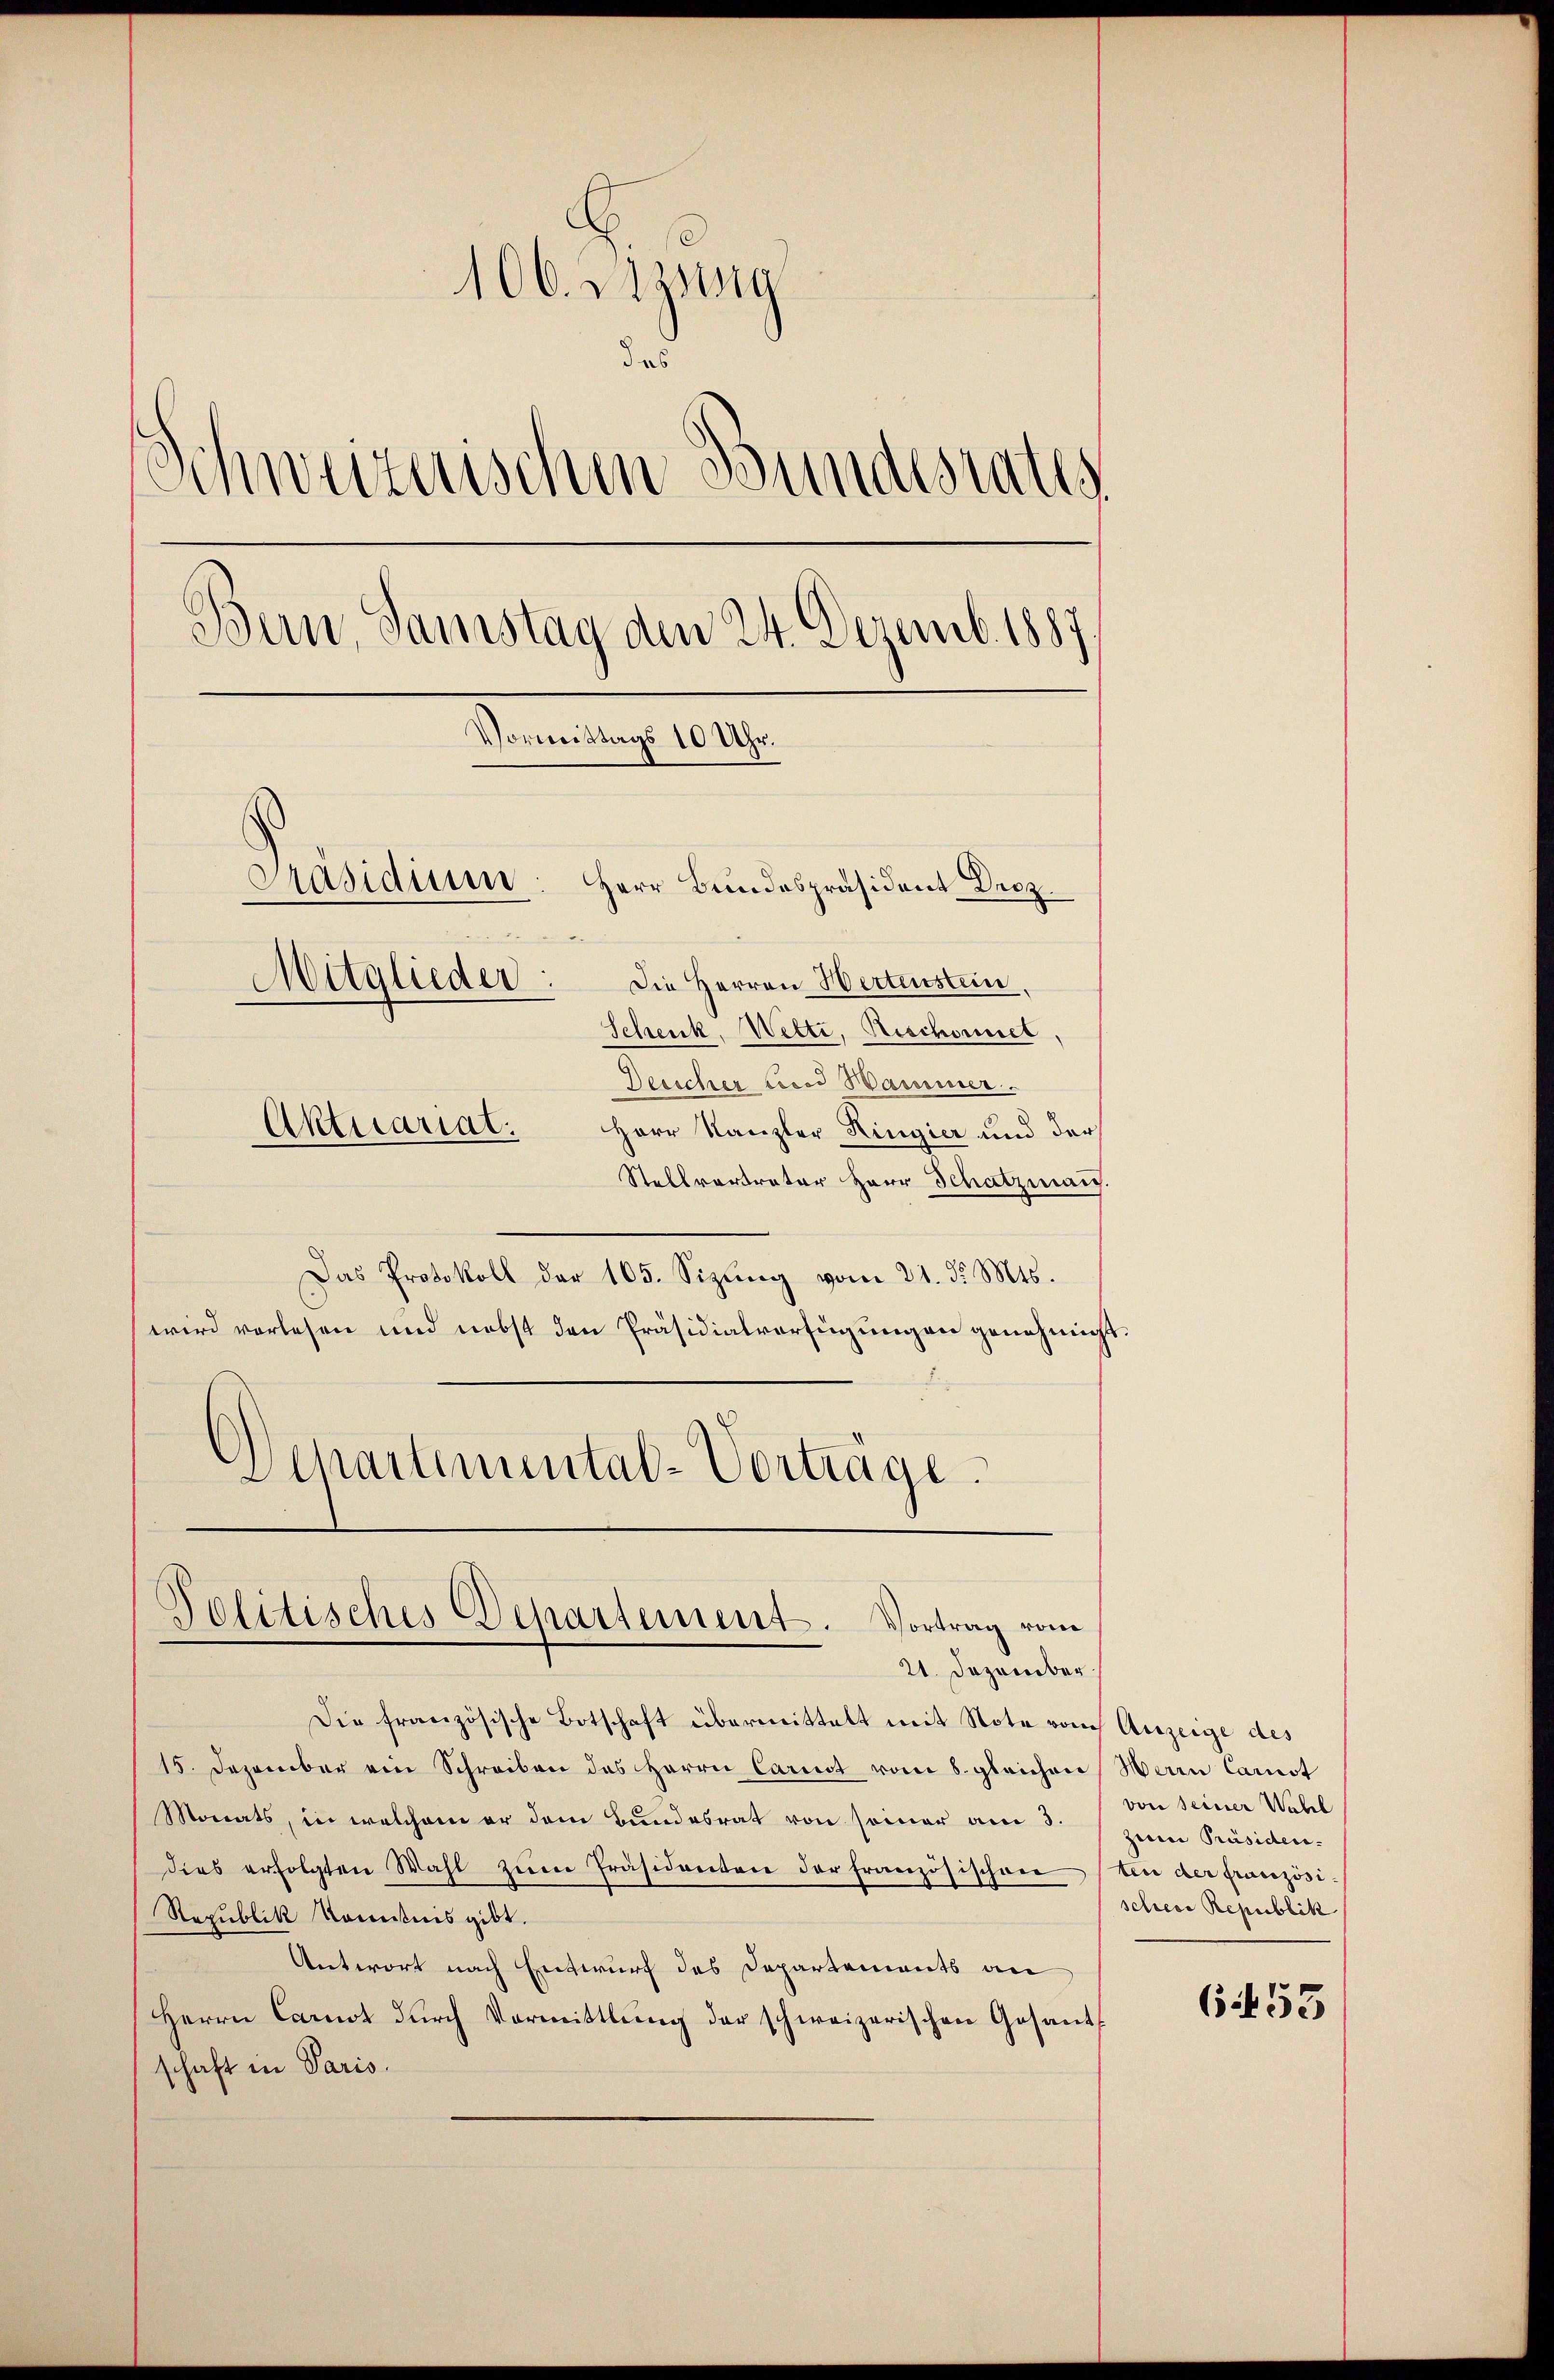
106. Dezwig
d es
.
C
Schweizerischen Bundesrates
Bern, Samstag den 24. Dezemb. 1887
Vormittags 10 Uhr.
Präsidium
Herr Bundespräsident Droz.
Mitglieder
Die Herren Wertenstein
Schenk, Wette, Rischonet,

Deescher Lied Hammer.
Herr Kanzler Ringier und der
Stellvertreter Herr Schatzmann.
Das Protokoll der 165. Sizung vom 21. d. Mts.
wird vorlesen und nebst den Präsidialverfügungen genehmigt
Departemental-Vorträge.

Aktuariat.

Politisches Departement. Vortrag vom
21. Dezember.

Die französische Botschaft übermittelt mit Note vom Anzeige des
15. Dezember ein Schreiben des Herrn Carnst vom 8. gleichen Werrn Carnst
Monats, in welchem er dem Bundesrat von seiner am 3.
dies erfolgten Wahl zŭm Präsidenten der französischen
Republik konntnis gibt.
Antwort nach Entwurf des Departements an
Herrn Carnot durch Vormittlung der schweizerischen Gesandschaft in Paris.

von seiner Wahl
zum Präsiden.
ten der französischreie Republik

6453